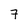
Character: 7